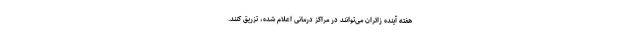
هفته آینده زائران می‌توانند در مراکز درمانی اعلام شده، تزریق کنند.